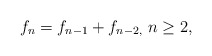
\begin{align*}f_{n}=f_{n-1}+f_{n-2,}\ n\geq 2,\ \end{align*}